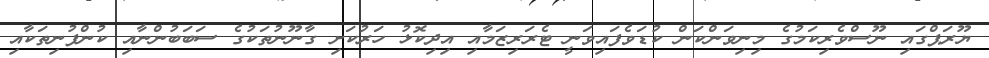
ޔޫރަޕްގައި ނޫސްވެރިކަމުގެ މިނިވަންކަން ކުޑަވެފައިވަނީ ޓެރަރިޒަމާއި އިދިކޮޅު ހަރުކަށި ގާނޫނުތަކުގެ ސަބަބުންނާއި ކުންފުނިތަކާއި